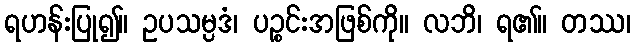
ရဟန်းပြု၍။ ဥပသမ္ပဒံ၊ ပဉ္စင်းအဖြစ်ကို။ လဘိ၊ ရ၏။ တဿ၊